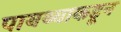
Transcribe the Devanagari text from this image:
पायथ्याकडून